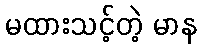
မထားသင့်တဲ့ မာန